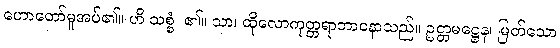
ဟောတော်မူအပ်၏။ ဟိ သစ္စံ၊ ၏။ သာ၊ ထိုလောကုတ္တရာဘာဝနာသည်။ ဥတ္တမဋ္ဌေန၊ မြတ်သော